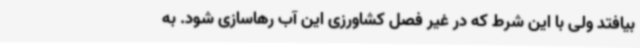
بیافتد ولی با این شرط که در غیر فصل کشاورزی این آب رهاسازی شود. به